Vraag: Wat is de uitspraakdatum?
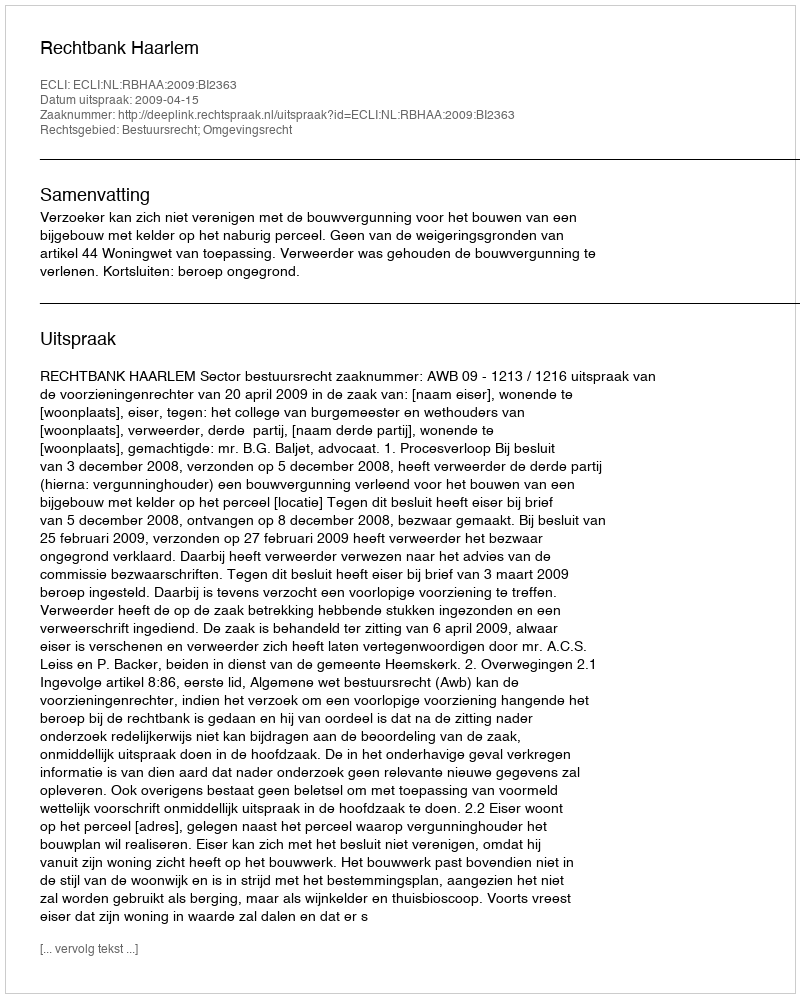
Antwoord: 2009-04-15